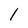
Character: 1